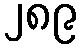
၂၈၉